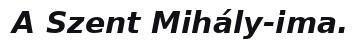
A Szent Mihály-ima.